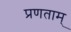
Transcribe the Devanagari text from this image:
प्रणताम्